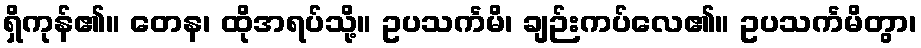
ရှိကုန်၏။ တေန၊ ထိုအရပ်သို့။ ဥပသင်္ကမိ၊ ချဉ်းကပ်လေ၏။ ဥပသင်္ကမိတွာ၊